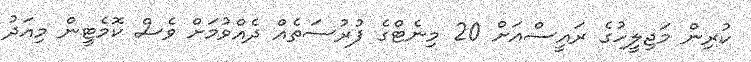
ކުރިން މަޖިލީހުގެ ރައީސްއަށް 20 މިނެޓްގެ ފުރުސަތެއް ދެއްވުމަށް ވެސް ކޮމެޓީން މިއަދު